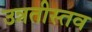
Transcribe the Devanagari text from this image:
उन्नतीस्तव